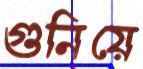
গুনিয়ে